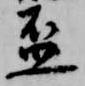
盃